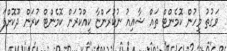
ވަގުތު މީހުން ކޮމެންޓް ތައް ޝާއިއު ނުކުރަންޏާ ކީއްކުރަން ކޮމެންޓް ކުރަން ދޫކޮށްފަ